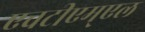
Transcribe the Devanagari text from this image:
एचटीएम्एल